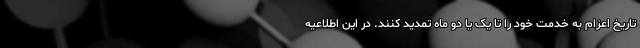
تاریخ اعزام به خدمت خود را تا یک یا دو ماه تمدید کنند. در این اطلاعیه